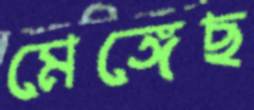
মেঙ্গেছ